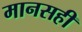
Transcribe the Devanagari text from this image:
मानसही